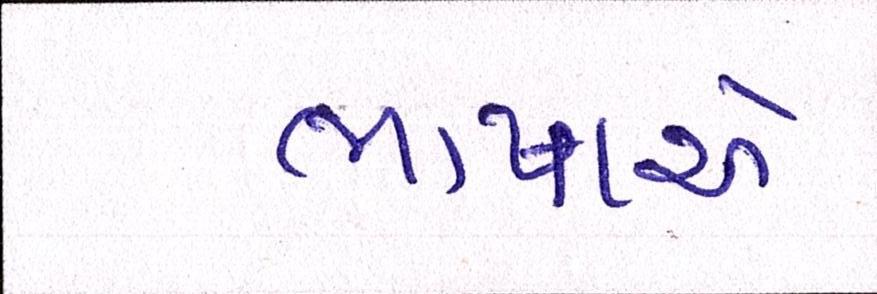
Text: ભાષાએ